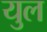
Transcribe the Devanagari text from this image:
युल